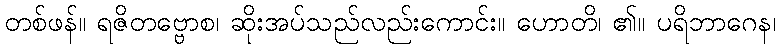
တစ်ဖန်။ ရဇိတဗ္ဗောစ၊ ဆိုးအပ်သည်လည်းကောင်း။ ဟောတိ၊ ၏။ ပရိဘာဂေန၊